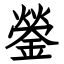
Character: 鎣